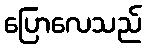
ပြောလေသည်